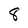
Character: 8